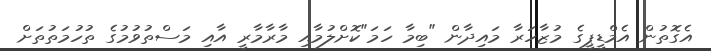
އެގޮތުން އެމްޑީޕީގެ މުޒާހަރާ މައިދާން "ބިމާ ހަމަ"ކޮށްލުމާއި މާރާމާރީ އާއި މަސްތުވުމުގެ ތުހުމަތުތަށް